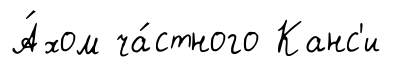
А́хом ча́стного Канс'и